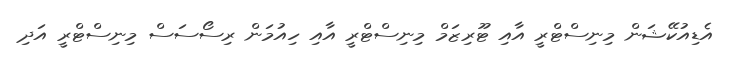
އެޑިއުކޭޝަން މިނިސްޓްރީ އާއި ޓޫރިޒަމް މިނިސްޓްރީ އާއި ހިއުމަން ރިސޯސަސް މިނިސްޓްރީ އަދި